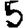
Digit: 5